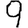
Digit: 9